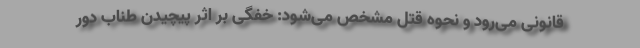
قانونی می‌رود و نحوه قتل مشخص می‌شود: خفگی بر اثر پیچیدن طناب دور